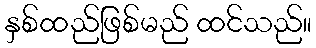
နှစ်ထည်ဖြစ်မည် ထင်သည်။